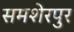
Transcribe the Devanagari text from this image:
समशेरपुर